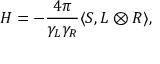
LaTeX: { \cal H } = - { \frac { 4 \pi } { \gamma _ { L } \gamma _ { R } } } \langle S , L \otimes R \rangle ,